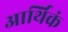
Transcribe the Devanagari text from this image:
आर्थिकं